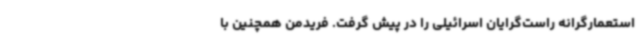
استعمارگرانه راست‌گرایان اسرائیلی را در پیش گرفت. فریدمن همچنین با